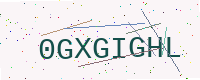
Text: 0GXGIGHL